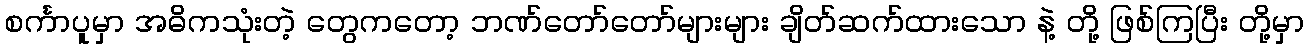
စင်္ကာပူမှာ အဓိကသုံးတဲ့ တွေကတော့ ဘဏ်တော်တော်များများ ချိတ်ဆက်ထားသော နဲ့ တို့ ဖြစ်ကြပြီး တို့မှာ